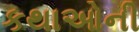
કથાઓની